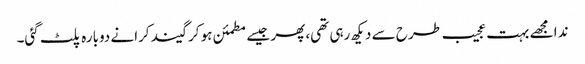
ندا مجھے بہت عجیب طرح سے دیکھ رہی تھی، پھر جیسے مطمئن ہو کر گیند کرانے دوبارہ پلٹ گئی۔